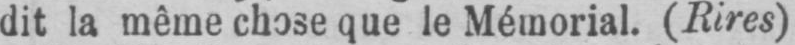
dit la même chose que le Mémorial. (Rires)